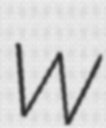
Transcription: W